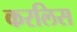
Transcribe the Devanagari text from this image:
करलिस